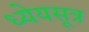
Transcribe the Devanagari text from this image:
ध्येयसूत्र